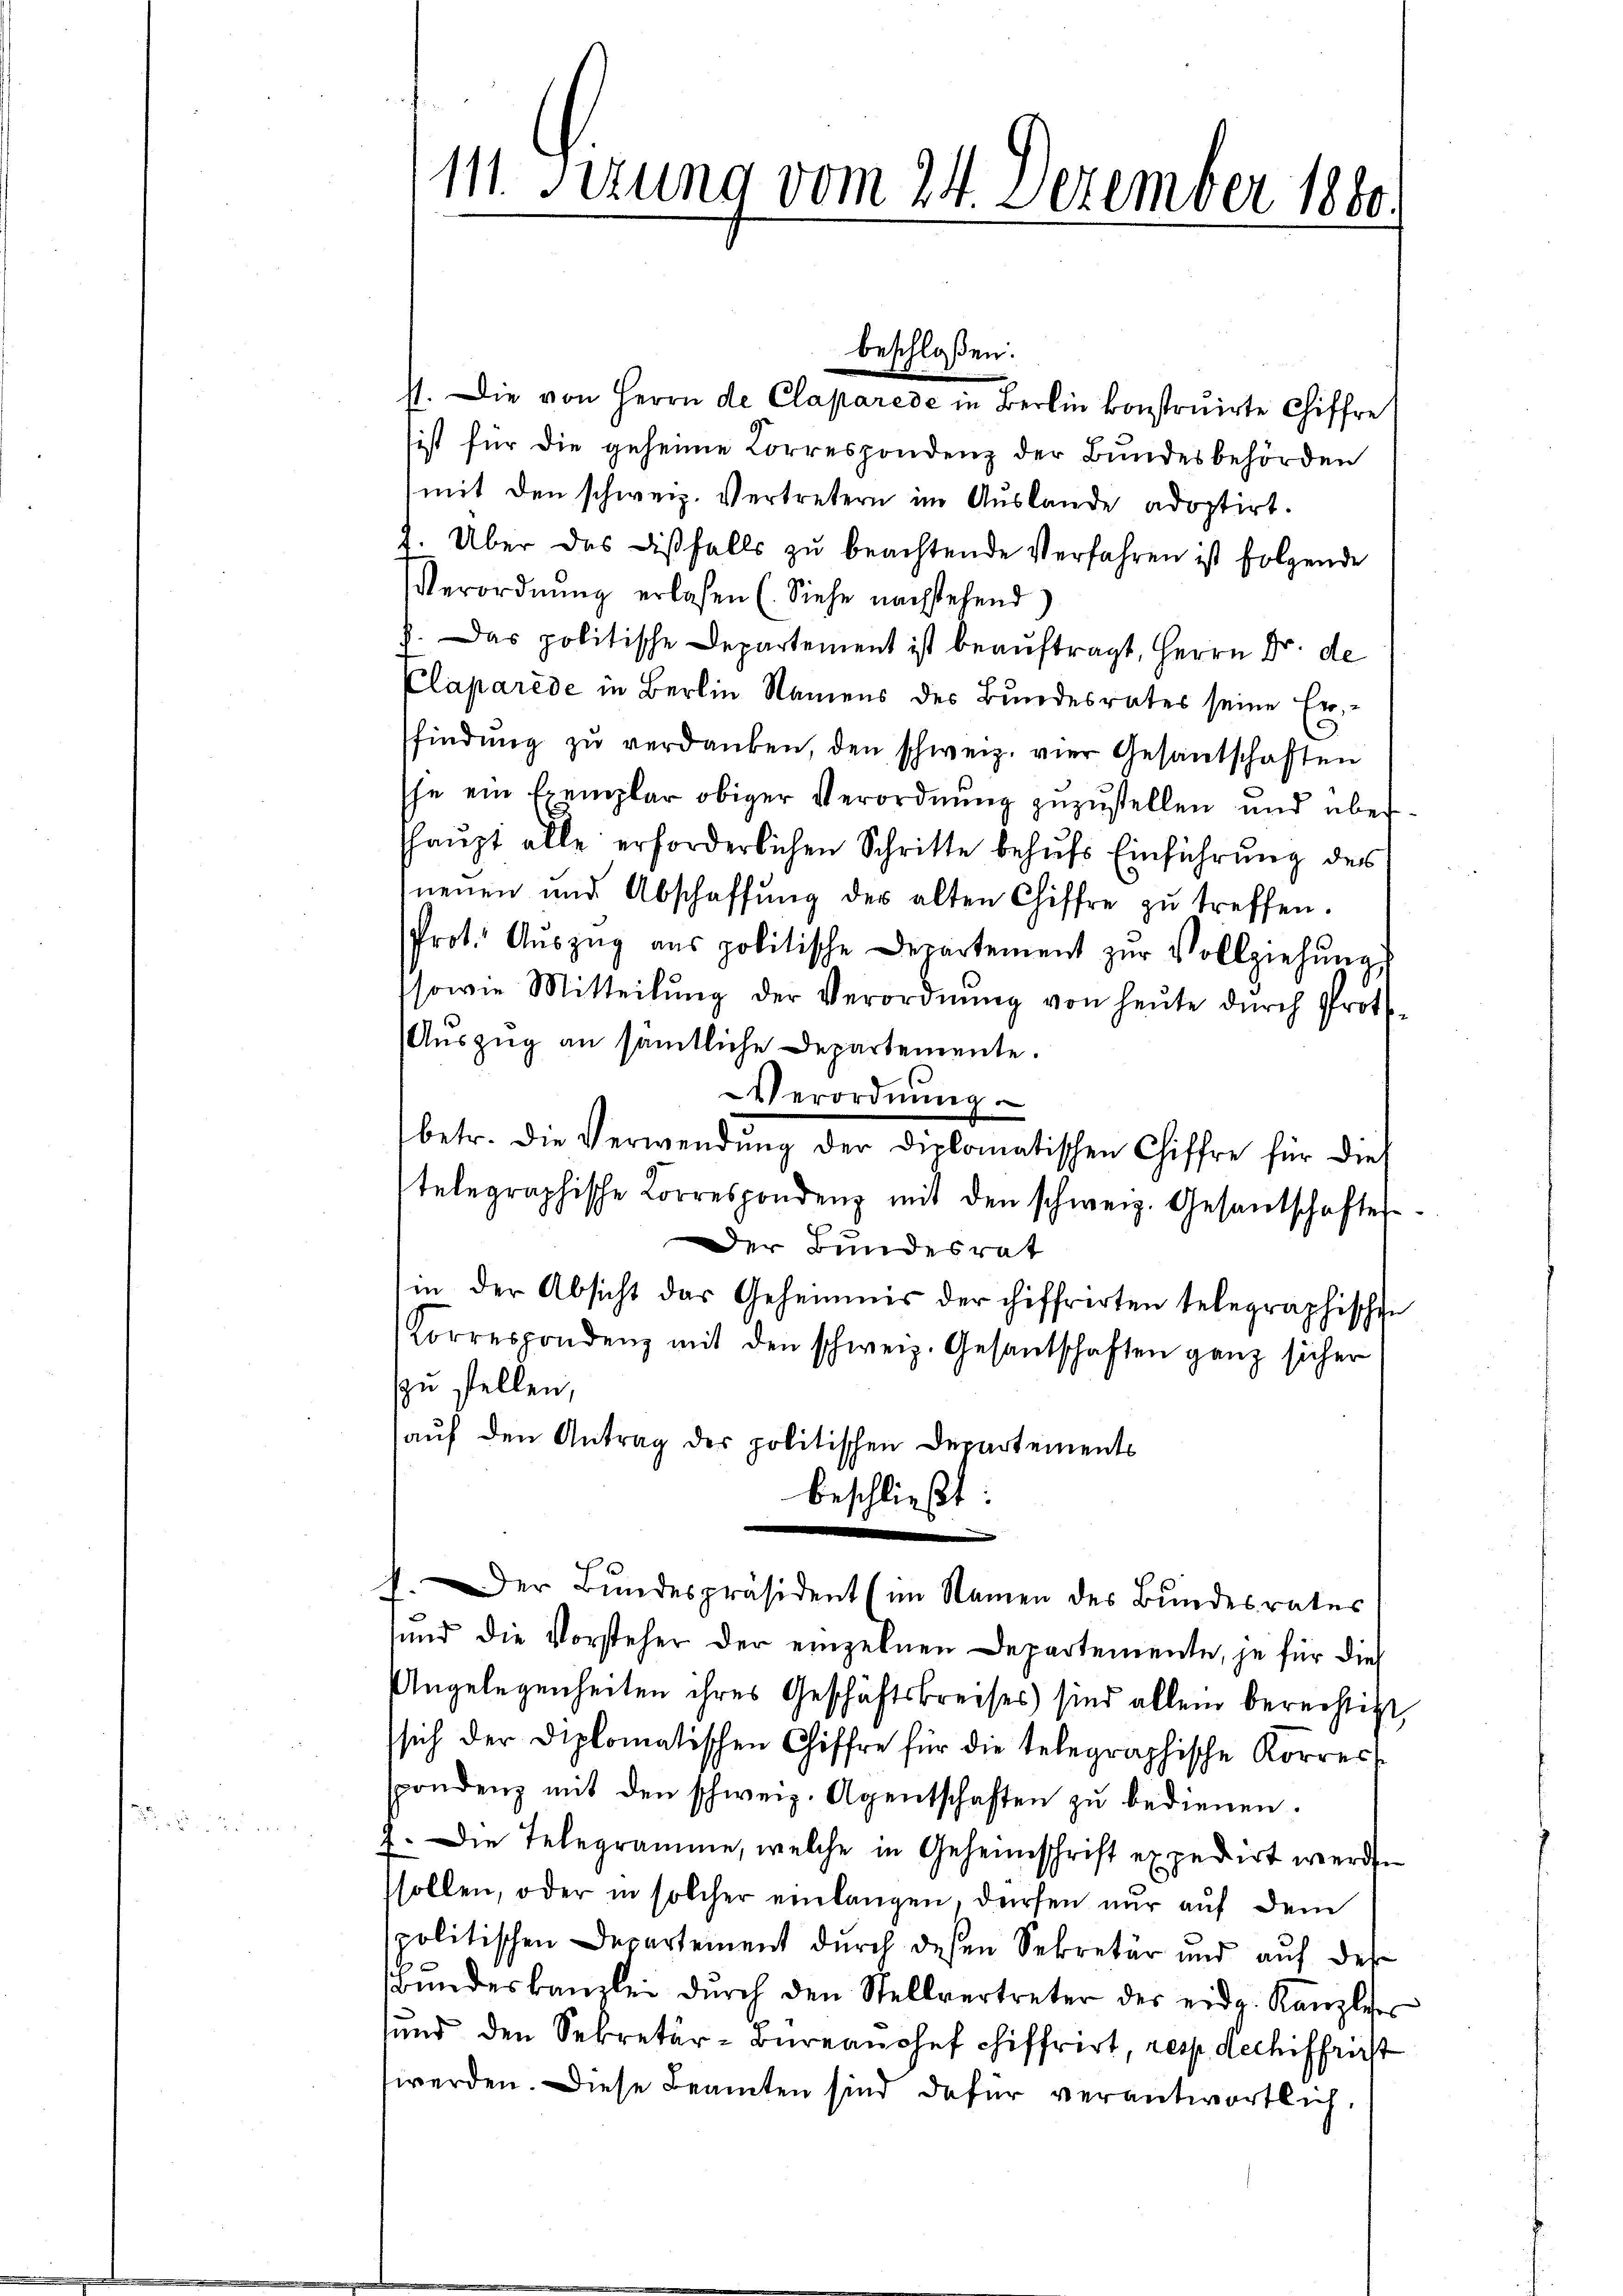
111. Sizung vom 24. Dezember 1880.

st. Die von Herrn de Claparede in Berlin konstruirte Chiffre
ist für die geheime Lorrespondenz der Bundesbehörden
mit den schweiz. Vertretern im Auslande adoptirt.
2. Über das dißfalls zŭ beachtende Verfahren ist folgende
Verordnŭng erlasen (Siehe nachstehend)
). Das politische Departement ist beauftragt, Herrn Dr. de
Claparede in Berlin Namens des Bundesrates seine Erfindŭng zŭ verdanken, den schweiz. vier Gesantschaften
Ehe ein Exemplar obiger Verordnung zuzustellen und übershaupt alle erforderlichen Schritte behŭfs Einführung des
nenen und Abschaffŭng der alten Chiffre zŭ treffen.
Prot. Aŭszŭg aŭs politische Departement zŭr Vollziehŭngs
sowie Mitteilŭng der Verordnŭng von heŭte dŭrch Prot.
Auszug an sämtliche Departemente.
Verordnung.
betr. die Verwendŭng der diplomatischen Chiffre für die
telegraphische Lorrespondenz mit den schweiz. Gesandschaftes
Der Bundesrat
in der Absicht das Geheimnis der chiffrerten telegraphischen
Korrespondenz mit den schweiz. Gesantschaften ganz sicher
zu stellen,
auf den Antrag der politischen Departements
beschließt:

beschloßen:

Der Bŭndespräsident (im Namen des Bŭndesrates
sund die Vorsteher der einzelnen Departemente, je für dies
Ungelegenheiten ihres Geschäftskreises) sind allein berechtigt,
sich der Diplomatischen Chiffre für die telegraphische Korres
spondenz mit den schweiz. Agentschaften zu bedienen.
7. Die Telegramme, welche in Geheimschrift expedirt werden
sollen, oder in solcher einlangen, dürfen nur auf dem
politischen Departement durch dessen Sekretär und auf der
bŭndeskanzlei dŭrch den Stellvertreter des eidg. Kanzliser
sund den Sekretär-Büreanosef chiffrirt, resp. Rechiffrist
werden. Diese Beamten sind dafür verantwortlich.